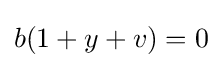
b(1+y+v)=0